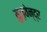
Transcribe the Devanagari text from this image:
युज़वेन्द्र